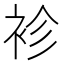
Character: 袗